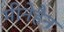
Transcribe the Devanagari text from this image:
मीनेहैन